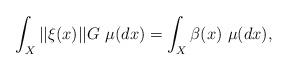
LaTeX: \begin{align*} \int_X ||\xi(x)||G \ \mu(dx) = \int_X \beta(x) \ \mu(dx),\end{align*}